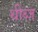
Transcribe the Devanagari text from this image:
थीब्ज़